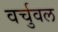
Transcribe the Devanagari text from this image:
वर्चुवल